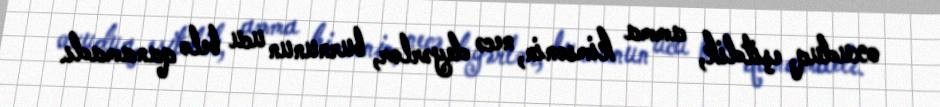
oxuduq, eşitdik, amma kimsənin, necə deyərlər, burnunun ucu belə qanamadı.